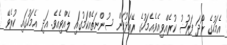
އެމަހުގެ ރޯދަ ފަރުޟު ކުރެއްވިއެވެ.އެމަހުގެ ރޭއަޅުކަން ސުންނަތެއްކަމުގައި ލެއްވިއެވެ. އަދި އެމަހުގައި ކުރެވޭ